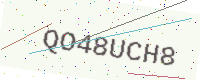
Text: QO48UCH8